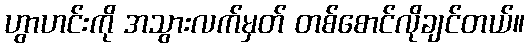
ဟွာဟင်းကို အသွားလက်မှတ် တစ်စောင်လိုချင်တယ်။